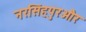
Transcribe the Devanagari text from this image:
नरसिंहपुरऔर